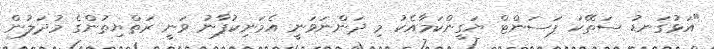
"އަޅުގަނޑު ސަތޭކަ ޕަސަންޓް ޔަގީންކަމާއެކު މި ދަންނަވަނީ އެމަނިކުފާނު ވަނީ ރަތްޔިތުންގެ މުދަލުން